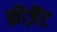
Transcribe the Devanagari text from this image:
फ़ीज़ैंट